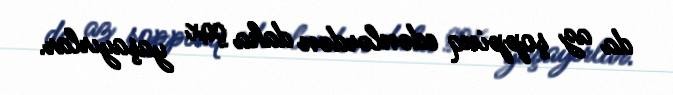
da az şoppinq edənlərdən daha çox yaşayırlar.